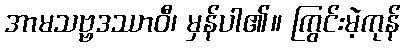
အာမသဗ္ဗဒဿာဝီ၊ မှန်ပါ၏။ ကြွင်းမဲ့ကုန်